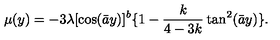
\mu ( y ) = - 3 \lambda [ \cos ( \bar { a } y ) ] ^ { b } \{ 1 - \frac { k } { 4 - 3 k } \tan ^ { 2 } ( \bar { a } y ) \} .